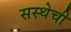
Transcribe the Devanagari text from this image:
सस्थेची